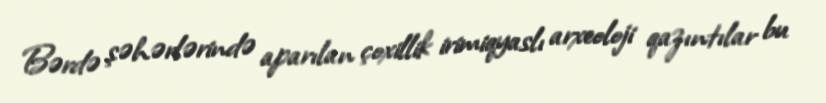
Bərdə şəhərlərində aparılan çoxillik irimiqyaslı arxeoloji qazıntılar bu